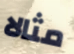
مثالا